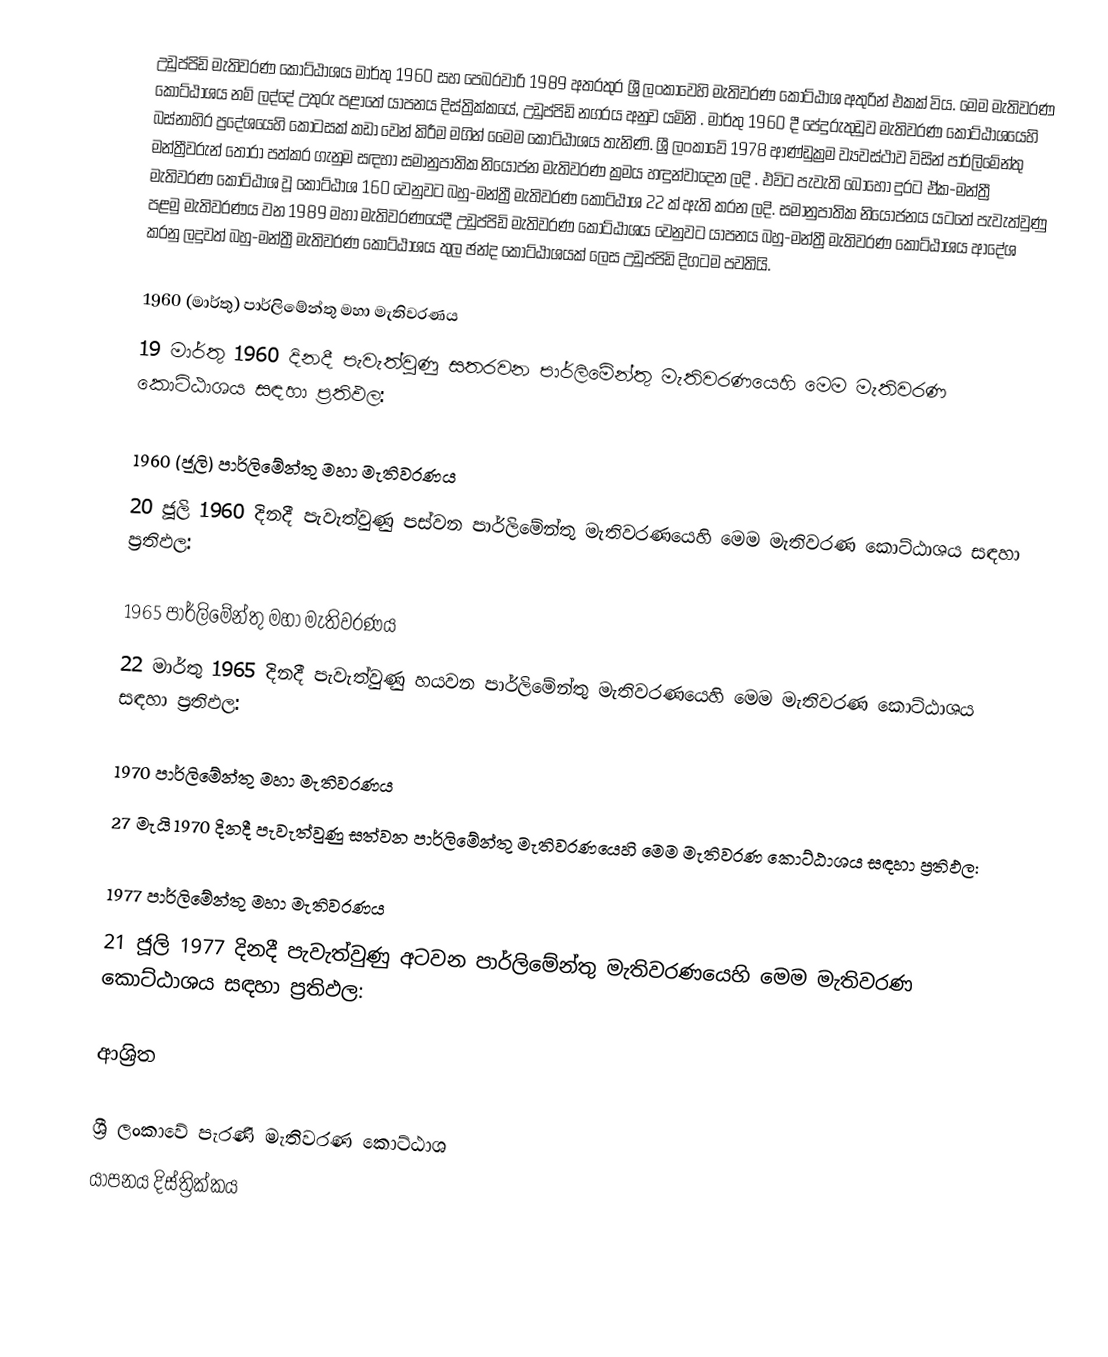
උඩුප්පිඩි මැතිවරණ කොට්ඨාශය   මාර්තු 1960 සහ පෙබරවාරි 1989 අතරතුර  ශ්‍රී ලංකාවෙහි  මැතිවරණ කොට්ඨාශ අතුරින් එකක් විය. මෙම මැතිවරණ කොට්ඨාශය නම් ලද්දේ උතුරු පළාතේ  යාපනය දිස්ත්‍රික්කයේ,  උඩුප්පිඩි නගරය අනුව යමිනි . මාර්තු 1960 දී   පේදුරුතුඩුව මැතිවරණ කොට්ඨාශයෙහි  බස්නාහිර ප්‍රදේශයෙහි කොටසක් කඩා වෙන් කිරීම මගින් මෛම කොට්ඨාශය තැනිණි. ශ්‍රී ලංකාවේ 1978 ආණ්ඩුක්‍රම ව්‍යවස්ථාව විසින්   පාර්ලිමේන්තු මන්ත්‍රීවරුන් තෝරා පත්කර ගැනුම සඳහා සමානුපාතික නියෝජන මැතිවරණ ක්‍රමය හඳුන්වාදෙන ලදි . එවිට පැවැති බොහෝ දුරට  ඒක-මන්ත්‍රී මැතිවරණ කොට්ඨාශ වූ කොට්ඨාශ 160 වෙනුවට බහු-මන්ත්‍රී මැතිවරණ කොට්ඨාශ 22 ක් ඇති කරන ලදි. සමානුපාතික නියෝජනය යටතේ  පැවැත්වුණු පළමු මැතිවරණය වන 1989 මහා මැතිවරණයේදී  උඩුප්පිඩි මැතිවරණ කොට්ඨාශය වෙනුවට  යාපනය බහු-මන්ත්‍රී මැතිවරණ කොට්ඨාශය  ආදේශ කරනු ලදුවත් බහු-මන්ත්‍රී මැතිවරණ කොට්ඨාශය තුල ඡන්ද කොට්ඨාශයක් ලෙස උඩුප්පිඩි දිගටම පවතියි.

1960 (මාර්තු) පාර්ලිමේන්තු මහා මැතිවරණය
19 මාර්තු 1960 දිනදී  පැවැත්වුණු  සතරවන පාර්ලිමේන්තු මැතිවරණයෙහි මෙම මැතිවරණ කොට්ඨාශය සඳහා ප්‍රතිඵල:

1960 (ජූලි) පාර්ලිමේන්තු මහා මැතිවරණය
20 ජූලි 1960 දිනදී  පැවැත්වුණු  පස්වන පාර්ලිමේන්තු මැතිවරණයෙහි මෙම මැතිවරණ කොට්ඨාශය සඳහා ප්‍රතිඵල:

1965 පාර්ලිමේන්තු මහා මැතිවරණය
22 මාර්තු 1965  දිනදී  පැවැත්වුණු  හයවන පාර්ලිමේන්තු මැතිවරණයෙහි මෙම මැතිවරණ කොට්ඨාශය සඳහා ප්‍රතිඵල:

1970 පාර්ලිමේන්තු මහා මැතිවරණය
27 මැයි 1970 දිනදී  පැවැත්වුණු  සත්වන පාර්ලිමේන්තු මැතිවරණයෙහි මෙම මැතිවරණ කොට්ඨාශය සඳහා ප්‍රතිඵල:

1977 පාර්ලිමේන්තු මහා මැතිවරණය
21 ජූලි 1977 දිනදී  පැවැත්වුණු  අටවන පාර්ලිමේන්තු මැතිවරණයෙහි මෙම මැතිවරණ කොට්ඨාශය සඳහා ප්‍රතිඵල:

ආශ්‍රිත

ශ්‍රී ලංකාවේ පැරණි මැතිවරණ කොට්ඨාශ
යාපනය දිස්ත්‍රික්කය